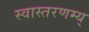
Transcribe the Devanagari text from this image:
स्वास्तरणम्य्